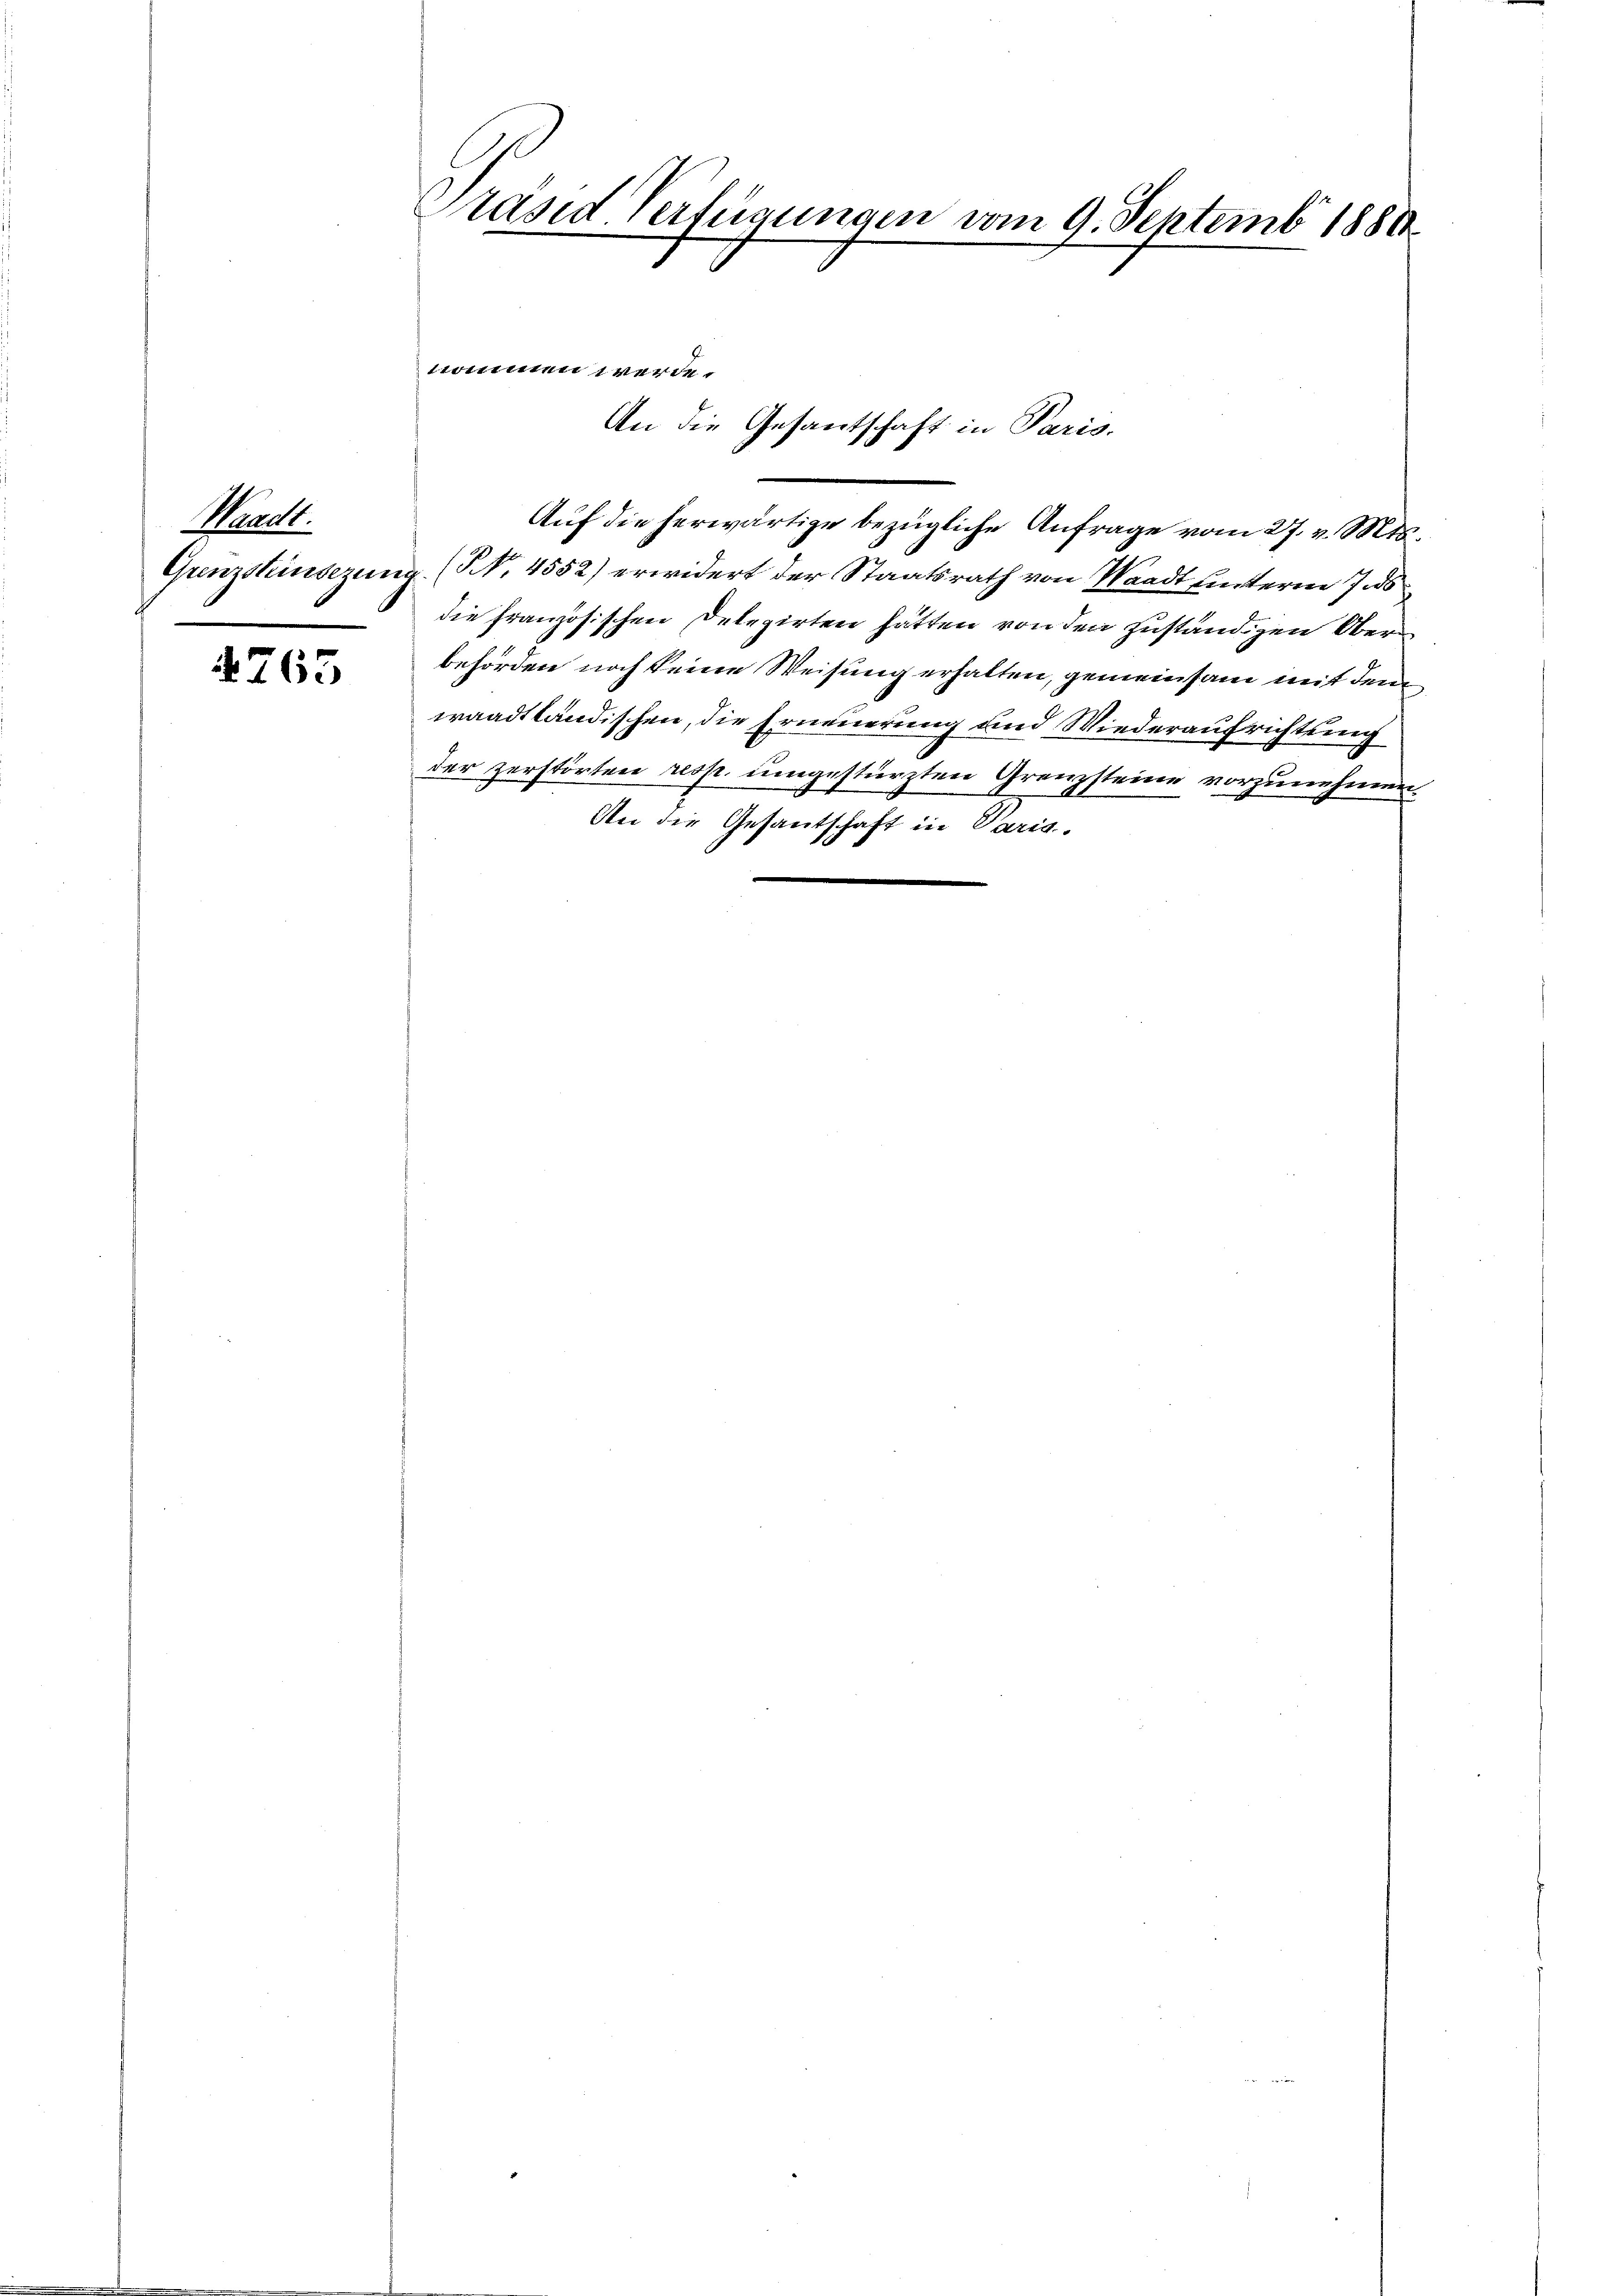
Mut.

4765

Präses Verfügungen vom 9. Septembr 1880.

nommen werde.

Auf die herwärtige bezügliche Anfrage vom 27. v. Mts.
Grenzsteinsezung (N. 4552) erwidert der Staatsrath von Waadt unterm 7. ds
die französischen Delegirten hätten von den zuständigen Oberbehörden noch keine Weisung erhalten, gemeinsam mit dem
waadtländischen, die Erneuerung und Wiederaufrichtung
der zerstörten resp. umgestürzten Grenzsteine vorzunehmen.
An die Gesantschaft in Varig.

An die Gesantschaft in Paris.